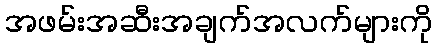
အဖမ်းအဆီးအချက်အလက်များကို